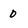
Character: 0